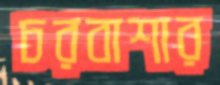
চরবাশার